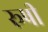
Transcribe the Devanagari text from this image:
रूषी